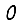
Digit: 0